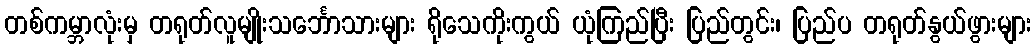
တစ်ကမ္ဘာလုံးမှ တရုတ်လူမျိုးသင်္ဘောသားများ ရိုသေကိုးကွယ် ယုံကြည်ပြီး ပြည်တွင်း၊ ပြည်ပ တရုတ်နွယ်ဖွားများ